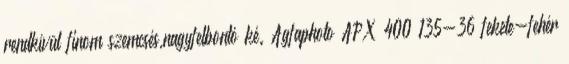
rendkívül finom szemcsés,nagyfelbontó ké. Agfaphoto APX 400 135-36 fekete-fehér